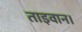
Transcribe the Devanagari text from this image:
ताइवान।